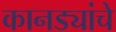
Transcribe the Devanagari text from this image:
कानड्यांचे